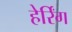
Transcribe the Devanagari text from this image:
हेर्रिंग